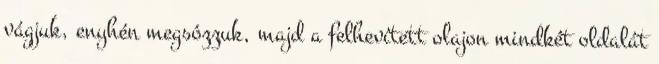
vágjuk, enyhén megsózzuk, majd a felhevített olajon mindkét oldalát